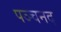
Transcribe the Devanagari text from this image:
पञ्चनद